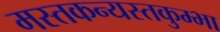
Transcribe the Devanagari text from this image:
मस्तकन्यस्तकुम्भा